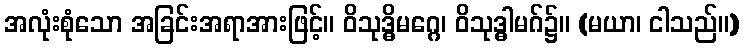
အလုံးစုံသော အခြင်းအရာအားဖြင့်။ ဝိသုဒ္ဓိမဂ္ဂေ၊ ဝိသုဒ္ဓါမဂ်၌။ (မယာ၊ ငါသည်။)